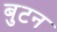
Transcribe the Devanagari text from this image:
बुटन